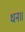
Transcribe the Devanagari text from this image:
धन॥